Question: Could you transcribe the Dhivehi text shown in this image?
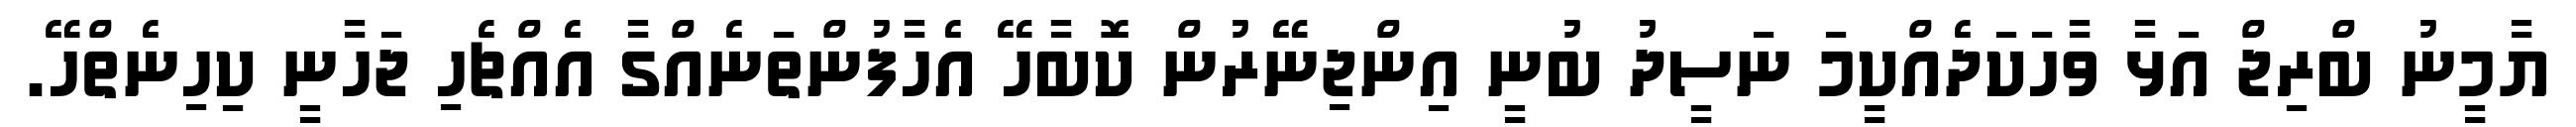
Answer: ޔާމީނު ބްރިޖް އަޅާ ވާހަކަދެއްކީމަ ނަސީދު ބުނީ އިންޖިނޭރުން ކޮބާހޭ އެހާފުންތަނެއްގާ އެއްޗެހި ޖަހާނީ ކިހިނެތްހޭ.